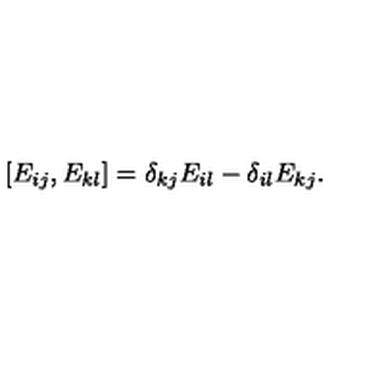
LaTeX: \left[ E _ { i j } , E _ { k l } \right] = \delta _ { k j } E _ { i l } - \delta _ { i l } E _ { k j } .